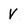
Character: V